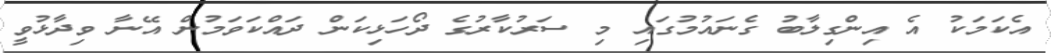
އެކަމަކު އެ އިންގިލާބު ގެނައުމުގައި މި ސަރުކާރުގެ ދޯހަޅިކަން ދައްކަވަމުން އޭނާ ވިދާޅުވީ